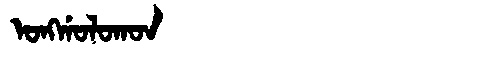
Manchu: ᠣᠩᡤᠣᠯᠣᡴᠣᠨ
Romanization: ONGGOLOKON